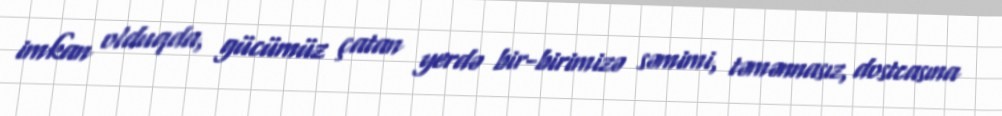
imkan olduqda, gücümüz çatan yerdə bir-birimizə səmimi, təmənnasız, dostcasına